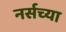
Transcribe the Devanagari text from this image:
नर्सच्या